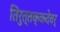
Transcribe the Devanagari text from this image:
तिरुत्तक्कदेवर्